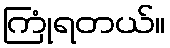
ကြုံရတယ်။